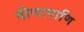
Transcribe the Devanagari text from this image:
वीणापाणि